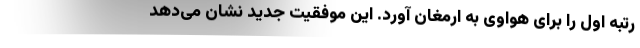
رتبه اول را برای هواوی به ارمغان آورد. این موفقیت جدید نشان می‌دهد